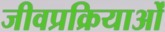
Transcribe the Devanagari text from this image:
जीवप्रक्रियाओं